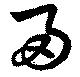
帚